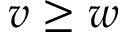
v \geq w